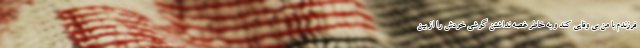
فرزندم با من بی وفایی کند و به خاطر غصه نداشتن گوشی خودش را از بین